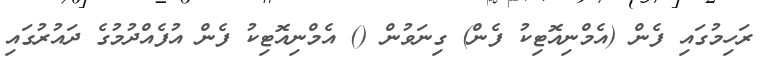
ރަހިމުގައި ފެން (އެމްނިއޮޓިކު ފެން) ގިނަވުން () އެމްނިއޮޓިކު ފެން އުފެއްދުމުގެ ދައުރުގައި